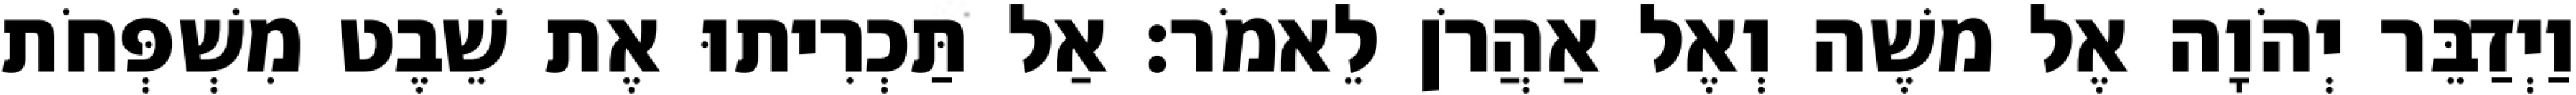
וַיְדַבֵּר יְהֹוָה אֶל משֶׁה וְאֶל אַהֲרֹן לֵאמֹר׃ אַל תַּכְרִיתוּ אֶת שֵׁבֶט מִשְׁפְּחֹת